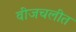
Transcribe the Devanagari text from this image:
वीजचलीत